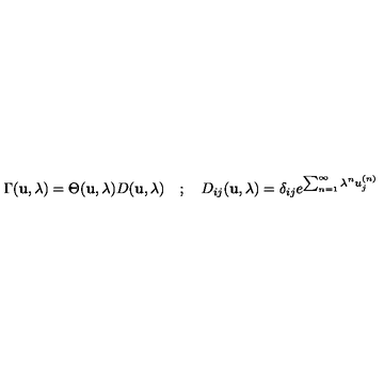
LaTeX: \Gamma ( { \bf u } , \lambda ) = \Theta ( { \bf u } , \lambda ) D ( { \bf u } , \lambda ) \quad ; \quad D _ { i j } ( { \bf u } , \lambda ) = \delta _ { i j } e ^ { \sum _ { n = 1 } ^ { \infty } \lambda ^ { n } u _ { j } ^ { ( n ) } }